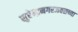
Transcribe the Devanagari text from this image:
सुरेन्द्रनगरजवळच्या